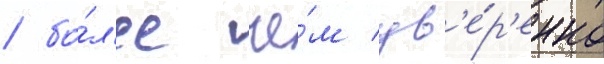
 бо́л'ее че́м ув'е́р'енно